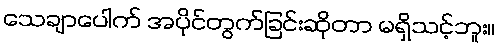
သေချာပေါက် အပိုင်တွက်ခြင်းဆိုတာ မရှိသင့်ဘူး။